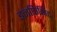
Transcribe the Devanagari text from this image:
इनफिनिट